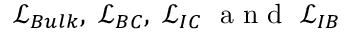
\mathcal { L } _ { B u l k } , \; \mathcal { L } _ { B C } , \; \mathcal { L } _ { I C } \; \mathrm { ~ a ~ n ~ d ~ } \; \mathcal { L } _ { I B }